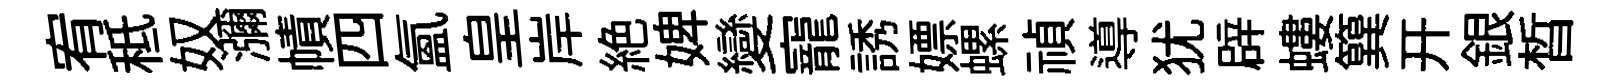
宥秪奴瀰幘四氳皇岸絶婢變寵誘嫖螺禎導犹辟螻簨开銀晳